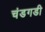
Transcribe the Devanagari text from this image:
चंडगडी